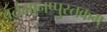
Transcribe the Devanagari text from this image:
वर्तमानप्पुस्तकम्